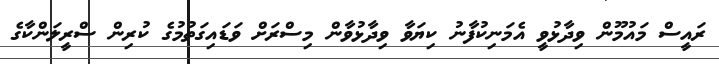
ރައީސް މައުމޫން ވިދާޅުވީ އެމަނިކުފާނު ކިޔަވާ ވިދާޅުވާން މިސްރަށް ވަޑައިގަތުމުގެ ކުރިން ސްރީލަންކާގެ